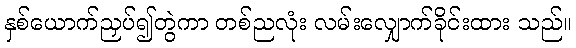
နှစ်ယောက်ညှပ်၍တွဲကာ တစ်ညလုံး လမ်းလျှောက်ခိုင်းထား သည်။